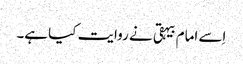
اِسے امام بیہقی نے روایت کیا ہے۔